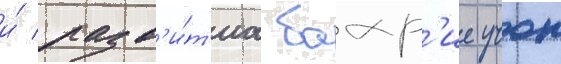
и́ разв'и́т'иа бахр'ие учок